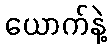
ယောက်နဲ့